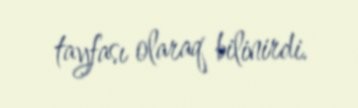
tayfası olaraq bilinirdi.